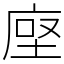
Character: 𫝷